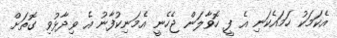
އެކަމަކު ހަމައެކަނި އެ ފީ ހޮވާލަން ޖެހެނީ އެމަނިކުފާނު އެ ވިދާޅުވި ގޮތަށް